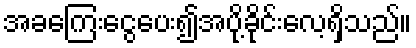
အခကြေးငွေပေး၍အပို့ခိုင်းလေ့ရှိသည်။